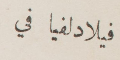
فيلادلفيا في